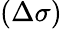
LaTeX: (\Delta\sigma)